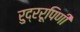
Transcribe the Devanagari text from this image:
रुद्ररूपिणी